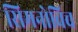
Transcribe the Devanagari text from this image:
सिमनोविच